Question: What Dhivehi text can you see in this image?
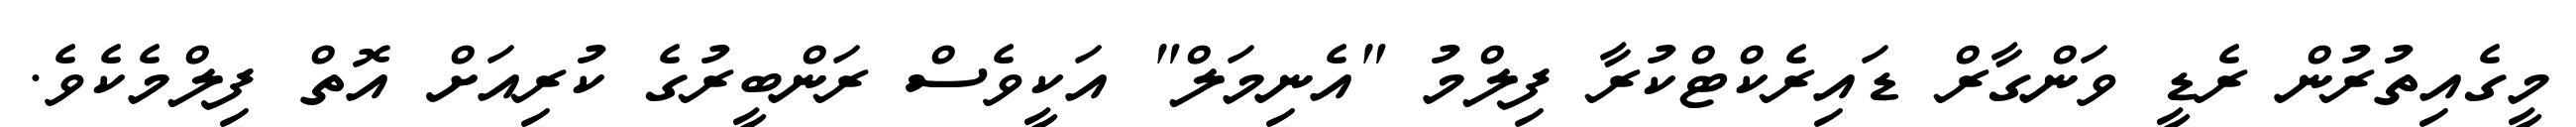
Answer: މީގެއިތުރުން ރެޑީ ވަންގާރް ޑައިރެކްޓްކުރާ ފިލްމު "އެނިމަލް" އަކީވެސް ރަންބީރުގެ ކުރިއަށް އޮތް ފިލްމެކެވެ.